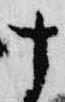
十